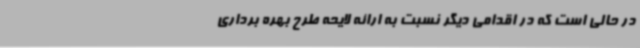
در حالی است که در اقدامی دیگر نسبت به ارائه لایحه طرح بهره برداری